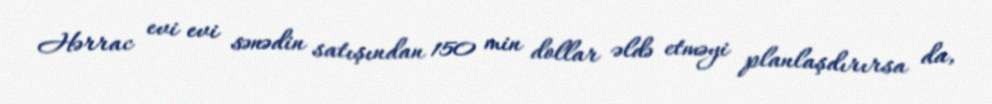
Hərrac evi evi sənədin satışından 150 min dollar əldə etməyi planlaşdırırsa da,